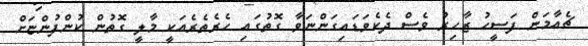
ޗެއާމަން ފަސީހު ޒާހިރު ވެސް ދެކެވަޑައިގަންނަވާ ގޮތުގައި ހެރެތެރެއަކީ މާލީ ގޮތުން ކުންފުންޏަށް